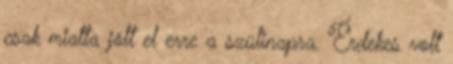
csak miatta jött el erre a szülinapra. Érdekes volt